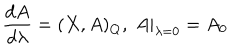
\frac { d A } { d \lambda } = ( X , A ) _ { Q } , \; \left. A \right| _ { \lambda = 0 } = A _ { 0 }